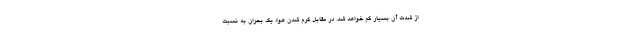
از شدت آن بسیار کم خواهد شد. در مقابل گرم شدن هوا، یک بحران به نسبت